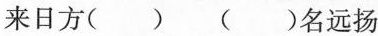
来日方( ) ( )名远扬